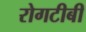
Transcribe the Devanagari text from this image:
रोगटीबी